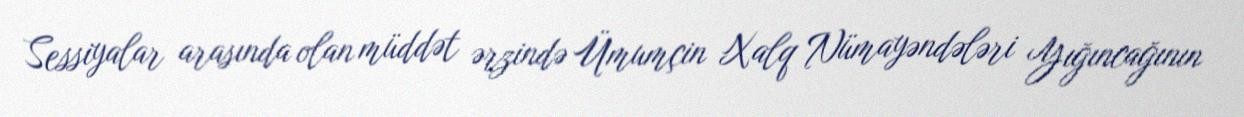
Sessiyalar arasında olan müddət ərzində Ümumçin Xalq Nümayəndələri Yığıncağının